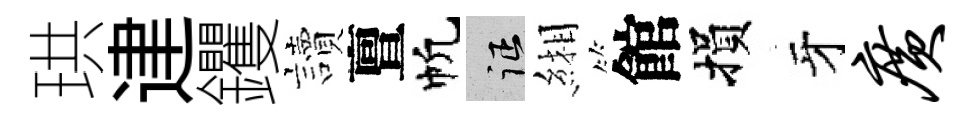
珙䢖钁讀亶帆征緗館損牙广